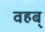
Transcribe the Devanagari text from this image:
वहब्